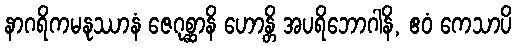
နာဂရိကမနုဿာနံ ဇေဂုစ္ဆာနိ ဟောန္တိ အပရိဘောဂါနိ, ဧဝံ ကေသာပိ